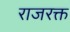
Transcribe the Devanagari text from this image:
राजरक्त